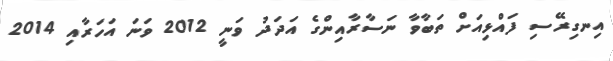
އިނގިރޭސި ފައްޅިއަށް ތަބާވާ ނަސާރާއިންގެ އަދަދު ވަނީ 2012 ވަނަ އަހަރާއި 2014